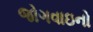
જોગવાઇનો